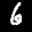
Label: 6